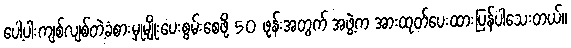
ပေါ့ပါးကျစ်လျစ်တဲ့ခံစားမှုမျိုးပေးစွမ်းစေဖို့ 50 ဖုန်းအတွက် အဖွဲ့က အားထုတ်ပေးထားပြန်ပါသေးတယ်။